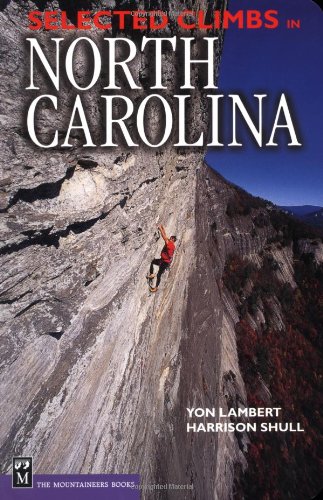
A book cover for Selected Climbs in North Carolina; Yon Lambert; Sports & Outdoors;